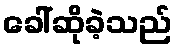
ခေါ်ဆိုခဲ့သည်